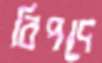
বিপদে